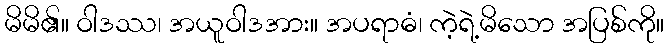
မိမိ၏။ ဝါဒဿ၊ အယူဝါဒအား။ အပရာဓံ၊ ကဲ့ရဲ့မိသော အပြစ်ကို။